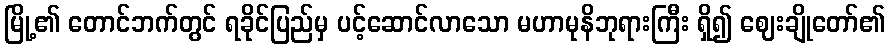
မြို့၏ တောင်ဘက်တွင် ရခိုင်ပြည်မှ ပင့်ဆောင်လာသော မဟာမုနိဘုရားကြီး ရှိ၍ ဈေးချိုတော်၏